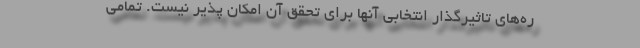
ره‌های تاثیرگذار انتخابی آنها برای تحقق آن امکان پذیر نیست. تمامی